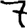
Digit: 7